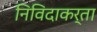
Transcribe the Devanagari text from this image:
निविदाकर्ता